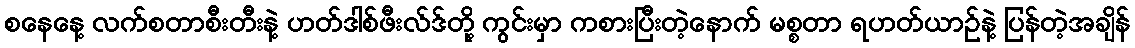
စနေနေ့ လက်စတာစီးတီးနဲ့ ဟတ်ဒါစ်ဖီးလ်ဒ်တို့ ကွင်းမှာ ကစားပြီးတဲ့နောက် မစ္စတာ ရဟတ်ယာဉ်နဲ့ ပြန်တဲ့အချိန်